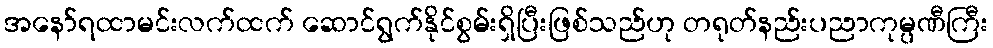
အနော်ရထာမင်းလက်ထက် ဆောင်ရွက်နိုင်စွမ်းရှိပြီးဖြစ်သည်ဟု တရုတ်နည်းပညာကုမ္ပဏီကြီး